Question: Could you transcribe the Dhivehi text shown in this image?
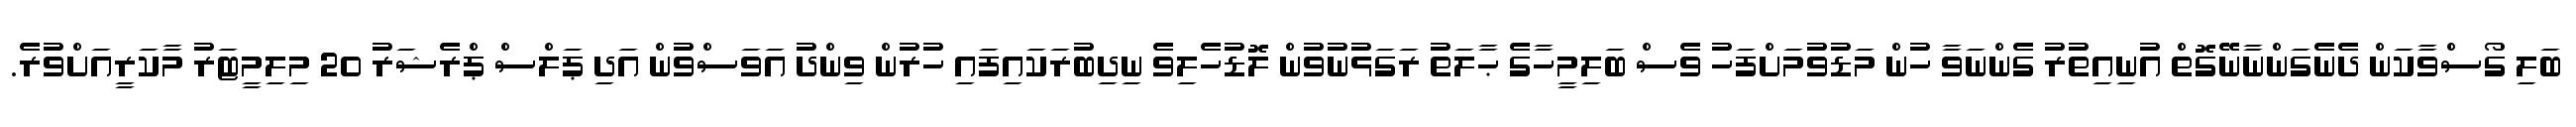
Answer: ބަލި ގޯސްވާކަން ދެނެގަންނާނޭގޮތް އުނިއިތުރު ގެންނަވާ ހުން މަޑުވުމަށްފަހު ވެސް ބަލިމީހާގެ ޙާލަތު ރަގަޅުނުވުން ލޮޑުހެލިވެ ނިދިބުރަކައިފައި ހުރުން ވިންދު އަވަސްވުން އަދި ޕަލްސް ޕްރެޝަރު 20 މިލިމީޓަރު މާކަރީއަށްވުރެ.